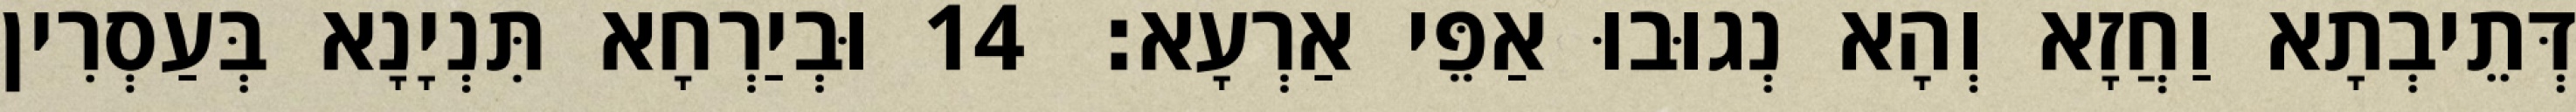
דְּתֵיבְתָא וַחֲזָא וְהָא נְגוּבוּ אַפֵּי אַרְעָא׃ 14 וּבְיַרְחָא תִּנְיָנָא בְּעַסְרִין